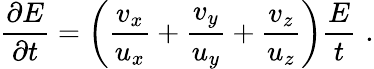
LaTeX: \frac{\partial E}{\partial t}=\left(\frac{v_{x}}{u_{x}}+\frac{v_{y}}{u_{y}}+\frac{v_{z}}{u_{z}}\right)\frac{E}{t}\, \, .